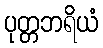
ပုတ္တဘရိယံ